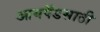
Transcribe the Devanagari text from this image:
आयपॅडसाठी